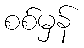
စစ်မှန်